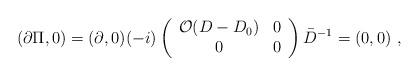
LaTeX: \begin{align*}(\partial \Pi ,0) = (\partial , 0) (-i) \left( \begin{array}{cc} {\cal O} (D - D_0) & 0 \\ 0 & 0 \end{array} \right) \bar D^{-1} = (0,0) \,\,,\end{align*}